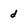
Character: d